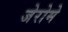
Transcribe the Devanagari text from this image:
जेरोमे